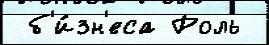
 б'и́зн'еса Роль